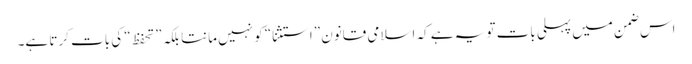
اس ضمن میں پہلی بات تو یہ ہے کہ اسلامی قانون ”استثنا“ کو نہیں مانتا بلکہ ”تحفظ“ کی بات کرتا ہے۔